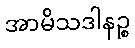
အာမိသဒါနဉ္စ